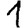
Digit: 1